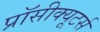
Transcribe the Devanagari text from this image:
प्रॉसीक्यूटर्स